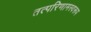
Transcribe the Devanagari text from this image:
तत्परिणामस्वरूप